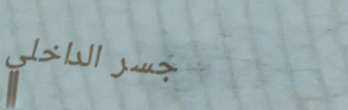
جسر الداخلي